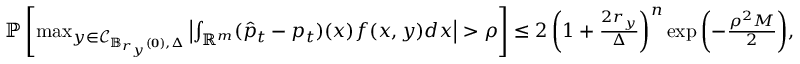
\begin{array} { r } { \mathbb { P } \left[ \operatorname* { m a x } _ { y \in \mathcal { C } _ { \mathbb { B } _ { r _ { y } } ( \mathbf { 0 } ) , \Delta } } \left| \int _ { \mathbb { R } ^ { m } } ( \hat { p } _ { t } - p _ { t } ) ( x ) f ( x , y ) d x \right| > \rho \right] \leq 2 \left( 1 + \frac { 2 r _ { y } } { \Delta } \right) ^ { n } \exp { \left( - \frac { \rho ^ { 2 } M } { 2 } \right) } , } \end{array}